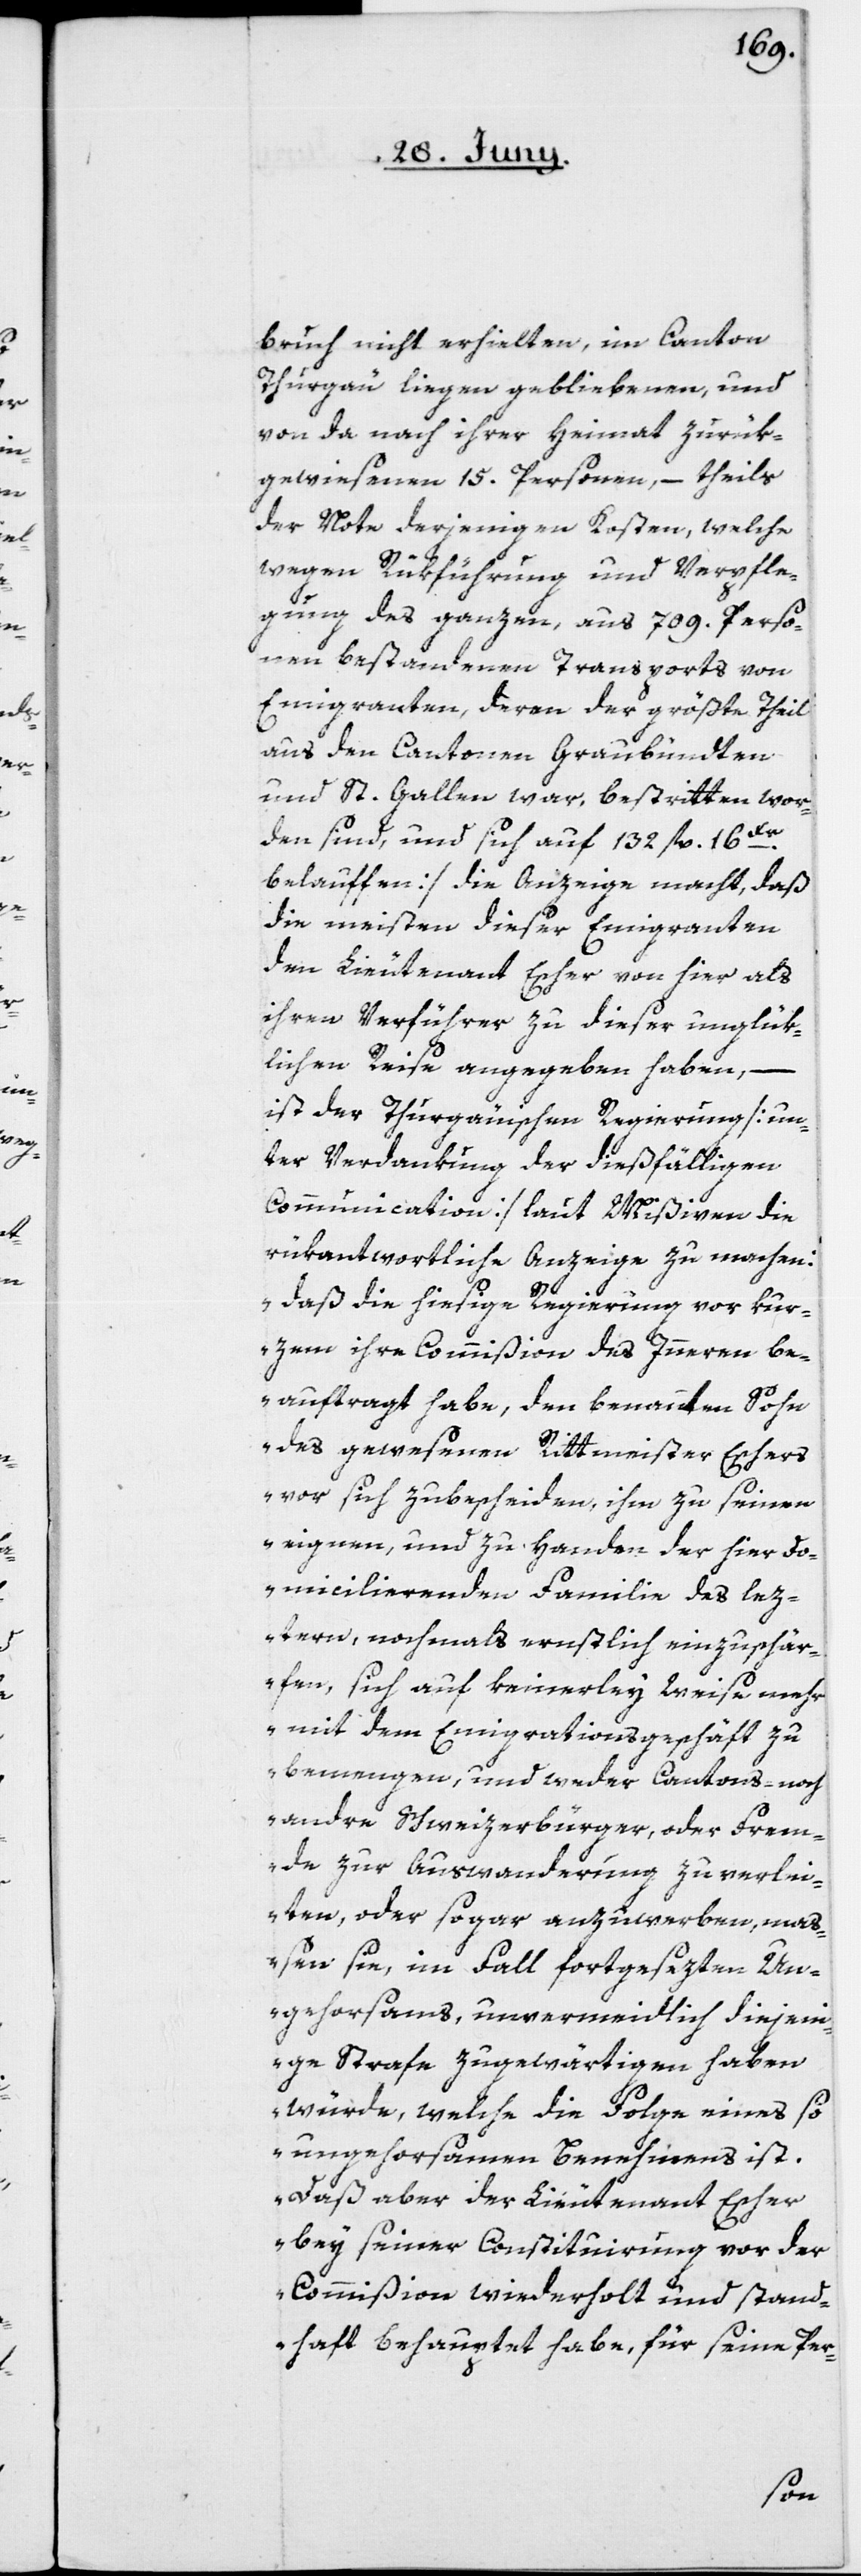
bruch nicht erhielten, im Canton
Thurgau liegen gebliebenen, und
von da nach ihrer Heimat zurük¬
gewiesenen 15. Personen, – theils
der Note derjenigen Kosten, welche
wegen Rükführung und Verpfle¬
gung des ganzen, aus 709. Perso¬
nen bestandenen Transports von
Emigranten, deren der größte Theil
aus den Cantonen Graubündten
und St. Gallen war, bestritten wor¬
den sind, und sich auf 132 fl. 16Kr.
belauffen], die Anzeige macht, daß
die meisten dieser Emigranten
den Lieutenant Escher von hier als
ihren Verführer zu dieser unglük¬
lichen Reise angegeben haben,
ist der Thurgauischen Regierung [un¬
ter Verdankung der dießfälligen
Communication] laut Mißiven die
rükantwortliche Anzeige zu machen:
„daß die hiesige
Regierung vor kur¬
zem ihre Commißion des Innern be¬
auftragt habe, den benannten Sohn
des gewesenen Rittmeister Eschers
vor sich zubescheiden, ihm zu seinen
eignen, und zu Handen der hier do¬
micilierenden Familie des lez¬
tern, nochmals ernstlich einzuschär¬
fen, sich auf keinerley Weise mehr
mit dem Emigrationsgeschäft zu
bemengen, und weder Cantons- noch
andre Schweizerbürger, oder Frem¬
de zur Auswanderung zu verlei¬
ten, oder sogar anzuwerben, maß¬
en sie, im Fall fortgesezten Un¬
gehorsams, unvermeidlich diejen¬
ige Strafe zu gewärtigen haben
würde, welche die Folge eines so
ungehorsamen Benehmens ist.
Daß aber der Lieutenant Escher
bey seiner Constituirung vor der
Commißion wiederholt und stand¬
haft behauptet habe, für seine Per-